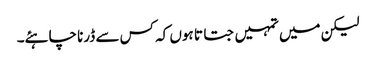
لیکن میں تمہیں جتاتا ہوں کہ کس سے ڈرنا چاہئے۔